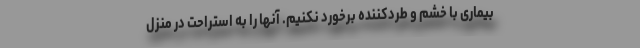
بیماری با خشم و طردکننده برخورد نکنیم. آنها را به استراحت در منزل